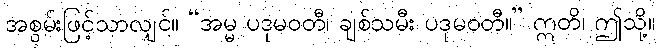
အစွမ်းဖြင့်သာလျှင်။ “အမ္မ ပဒုမဝတီ၊ ချစ်သမီး ပဒုမဝတီ။” ဣတိ၊ ဤသို့။